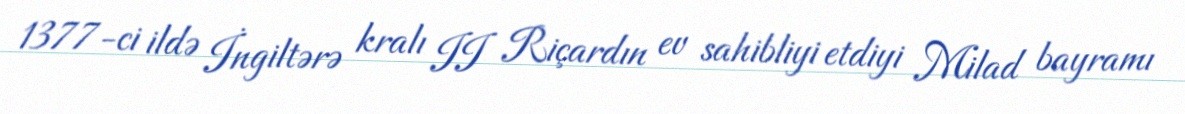
1377-ci ildə İngiltərə kralı II Riçardın ev sahibliyi etdiyi Milad bayramı